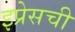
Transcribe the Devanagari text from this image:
इप्रेसची